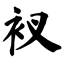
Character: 衩